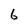
Character: 6